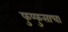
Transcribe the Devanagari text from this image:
फुप्फुसाचा